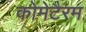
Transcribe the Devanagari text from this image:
कोमेटैरम